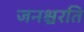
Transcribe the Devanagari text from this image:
जनश्चरति